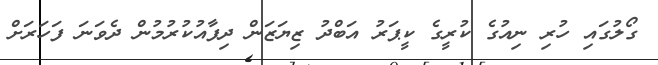
ގޯލުގައި ހުރި ނިއުގެ ކުރީގެ ކީޕަރު އަބްދު ޒިޔަޒަން ދިފާއުކުރުމުން ދެވަނަ ފަހަރަށް